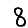
Digit: 8